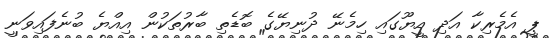
ޕީ އެމެރިކާ އަދި އީޔޫގައި ހިމެނޭ ދުނިޔޭގެ ބޮޑެތި ބާރުތަކުން އިއްޔެ ބުނެފައިވަނީ